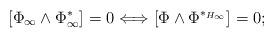
LaTeX: \begin{align*}[\Phi_\infty \wedge \Phi_\infty^*] =0 \Longleftrightarrow [\Phi \wedge \Phi^{*_{H_\infty}}]=0; \end{align*}